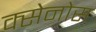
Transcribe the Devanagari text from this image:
क्सेनोस